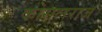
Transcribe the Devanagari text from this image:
कोसलराज